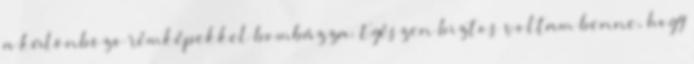
a különbözõ rémképekkel bombázza. Egészen biztos voltam benne, hogy